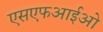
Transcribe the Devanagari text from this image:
एसएफआईओ